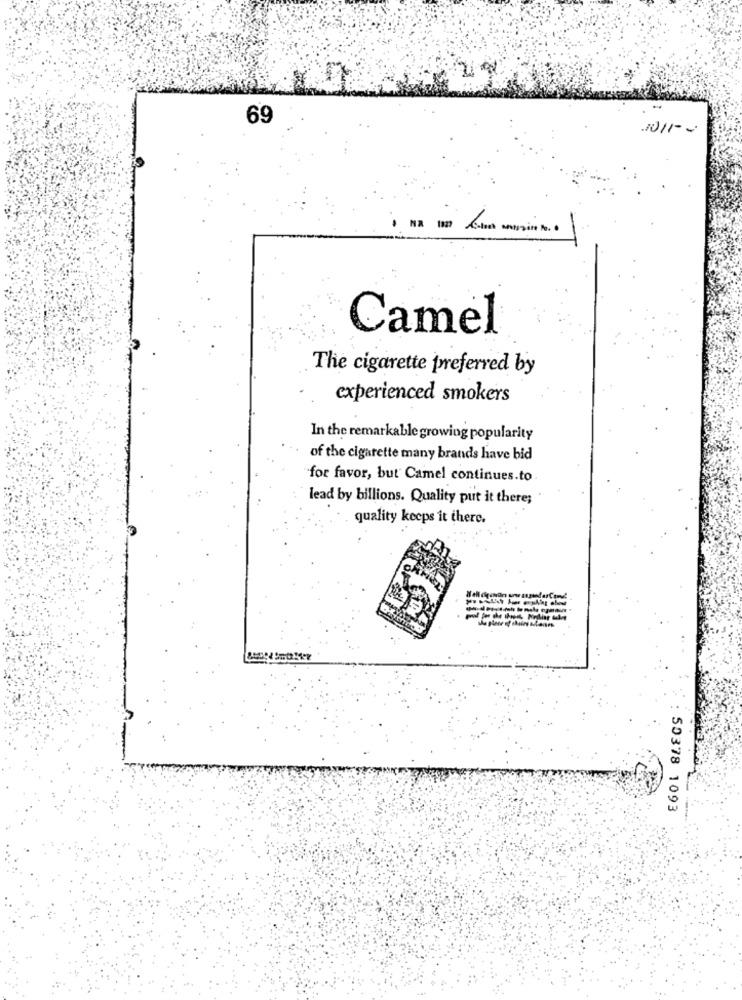
69
Camel
The cigarette preferred by
experienced smokers
In the remarkable growing popularity
of the cigarette many brands have bid
for favor, but Camel continues.to
lead by billions. Quality put it there;
quality keeps it there.
50378 1093